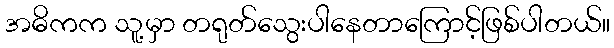
အဓိကက သူ့မှာ တရုတ်သွေးပါနေတာကြောင့်ဖြစ်ပါတယ်။